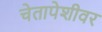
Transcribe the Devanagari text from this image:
चेतापेशीवर